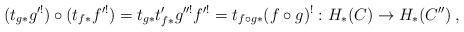
\begin{align*}(t_{g*}g'^!) \circ (t_{f*}f'^!)= t_{g*}t'_{f*}g''^!f'^!= t_{f\circ g*}(f\circ g)^!: H_*(C)\to H_*(C'')\:,\end{align*}